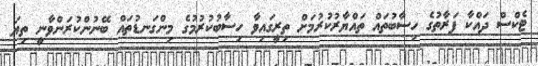
ޓެކްސް ދައްކާ ފަރާތުގެ ހިސާބުތައް ތައްޔާރުކުރުމަށް ތިރީގައިވާ ހިސާބުކުރުމުގެ މިންގަނޑުތައް ބޭނުންކުރަންވާނީ ތިޔަ